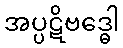
အပ္ပဋိဗဒ္ဓေါ